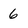
Character: 6